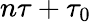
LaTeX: n\tau+\tau_{0}